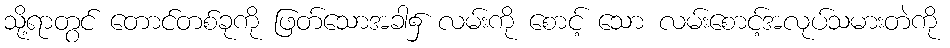
သို့ရာတွင် တောင်တစ်ခုကို ဖြတ်သောအခါ၌ လမ်းကို စောင့် သော လမ်းစောင့်အလုပ်သမားတဲကို